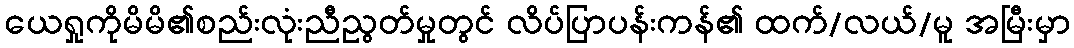
ယေရှုကိုမိမိ၏စည်းလုံးညီညွတ်မှုတွင် လိပ်ပြာပန်းကန်၏ ထက်/လယ်/မူ အမြီးမှာ